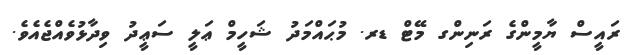
ރައީސް ޔާމީންގެ ރަނިންގ މޭޓް ޑރ. މުޙައްމަދު ޝަހީމް ޢަލީ ސަޢީދު ވިދާޅުވެއްޖެއެވެ.